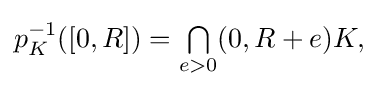
{\textstyle p_{K}^{-1}([0,R])={\textstyle \bigcap \limits _{e>0}}(0,R+e)K,}